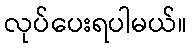
လုပ်ပေးရပါမယ်။